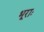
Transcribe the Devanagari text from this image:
भूराः